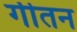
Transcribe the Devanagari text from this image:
गीतन